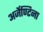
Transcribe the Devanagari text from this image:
अर्जेण्टिना